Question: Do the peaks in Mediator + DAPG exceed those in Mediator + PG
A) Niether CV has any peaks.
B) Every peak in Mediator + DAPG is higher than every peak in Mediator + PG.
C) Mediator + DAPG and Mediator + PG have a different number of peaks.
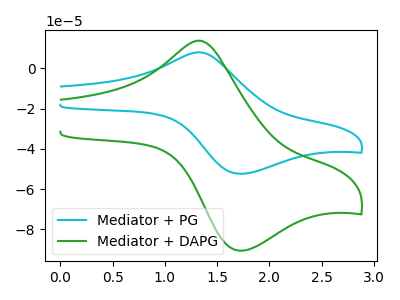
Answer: <think>The cyan curve "Mediator + PG" has an anodic peak at (1.30V, 7.90uA) and a cathodic peak at (1.75V, -52.40uA). The green curve "Mediator + DAPG" has an anodic peak at (1.30V, 13.65uA) and a cathodic peak at (1.75V, -90.60uA).</think>
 <answer>B) Every peak in "Mediator + DAPG" is higher than every peak in "Mediator + PG".</answer>
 <eval>B</eval>